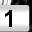
Digit: 1